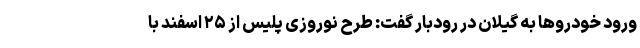
ورود خودروها به گیلان در رودبار گفت: طرح نوروزی پلیس از ۲۵ اسفند با